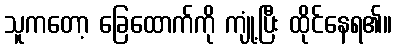
သူကတော့ ခြေထောက်ကို ကျုံ့ပြီး ထိုင်နေရ၏။